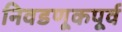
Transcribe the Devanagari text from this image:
निवडणूकपूर्व